Vaccination report Assam 1874-1896 - 1874-1896
Year: 1874
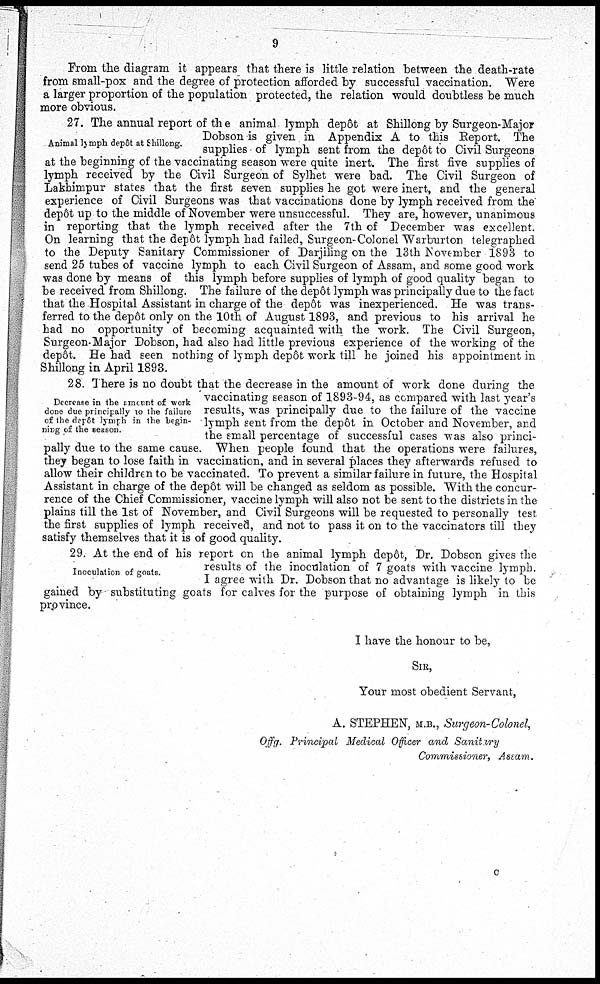
9
From the diagram it appears that there is little relation between the death-rate
from small-pox and the degree of protection afforded by successful vaccination. Were
a larger proportion of the population protected, the relation would doubtless be much
more obvious.
Animal lymph depôt at Shillong.
27. The annual report of the animal lymph depôt at Shillong by Surgeon-Major
Dobson is given in Appendix A to this Report. The
supplies of lymph sent from the depôt to Civil Surgeons
at the beginning of the vaccinating season were quite inert. The first five supplies of
lymph received by the Civil Surgeon of Sylhet were bad. The Civil Surgeon of
Lakhimpur states that the first seven supplies he got were inert, and the general
experience of Civil Surgeons was that vaccinations done by lymph received from the
depôt up to the middle of November were unsuccessful. They are, however, unanimous
in reporting that the lymph received after the 7th of December was excellent.
On learning that the depôt lymph had failed, Surgeon-Colonel Warburton telegraphed
to the Deputy Sanitary Commissioner of Darjiling on the 13th November 1893 to
send 25 tubes of vaccine lymph to each Civil Surgeon of Assam, and some good work
was done by means of this lymph before supplies of lymph of good quality began to
be received from Shillong. The failure of the depôt lymph was principally due to the fact
that the Hospital Assistant in charge of the depôt was inexperienced. He was trans-
ferred to the depôt only on the 10th of August 1893, and previous to his arrival he
had no opportunity of becoming acquainted with the work. The Civil Surgeon,
Surgeon-Major Dobson, had also had little previous experience of the working of the
depôt. He had seen nothing of lymph depôt work till he joined his appointment in
Shillong in April 1893.
Decrease in the amount of work
done due principally to the failure
of the depôt lymph in the begin-
ning of the season.
28. There is no doubt that the decrease in the amount of work done during the
vaccinating season of 1893-94, as compared with last year's
results, was principally due to the failure of the vaccine
lymph sent from the depôt in October and November, and
the small percentage of successful cases was also princi-
pally due to the same cause. When people found that the operations were failures,
they began to lose faith in vaccination, and in several places they afterwards refused to
allow their children to be vaccinated. To prevent a similar failure in future, the Hospital
Assistant in charge of the depôt will be changed as seldom as possible. With the concur-
rence of the Chief Commissioner, vaccine lymph will also not be sent to the districts in the
plains till the 1st of November, and Civil Surgeons will be requested to personally test
the first supplies of lymph received, and not to pass it on to the vaccinators till they
satisfy themselves that it is of good quality.
Inoculation of goats.
29. At the end of his report on the animal lymph depôt, Dr. Dobson gives the
results of the inoculation of 7 goats with vaccine lymph.
I agree with Dr. Dobson that no advantage is likely to be
gained by substituting goats for calves for the purpose of obtaining lymph in this
province.
I have the honour to be,
SIR,
Your most obedient Servant,
A. STEPHEN, M.B., Surgeon-Colonel,
Offg. Principal Medical Officer and Sanitary
Commissioner, Assam.
C